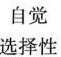
选择性